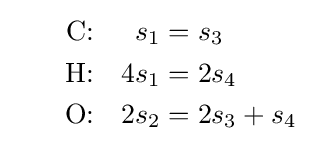
\quad \;\;\;{\begin{aligned}{\text{C:}}&&s_{1}&=s_{3}\\{\text{H:}}&&4s_{1}&=2s_{4}\\{\text{O:}}&&2s_{2}&=2s_{3}+s_{4}\end{aligned}}